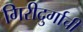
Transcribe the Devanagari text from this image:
गिरीदुर्गाची